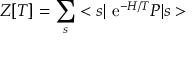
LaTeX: Z [ T ] = \sum _ { s } < s \vert \mathrm { ~ e } ^ { - H / T } { \cal P } \vert s >